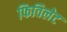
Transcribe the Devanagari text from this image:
फिविलेट